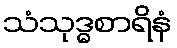
သံသုဒ္ဓစာရိနံ